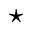
\star